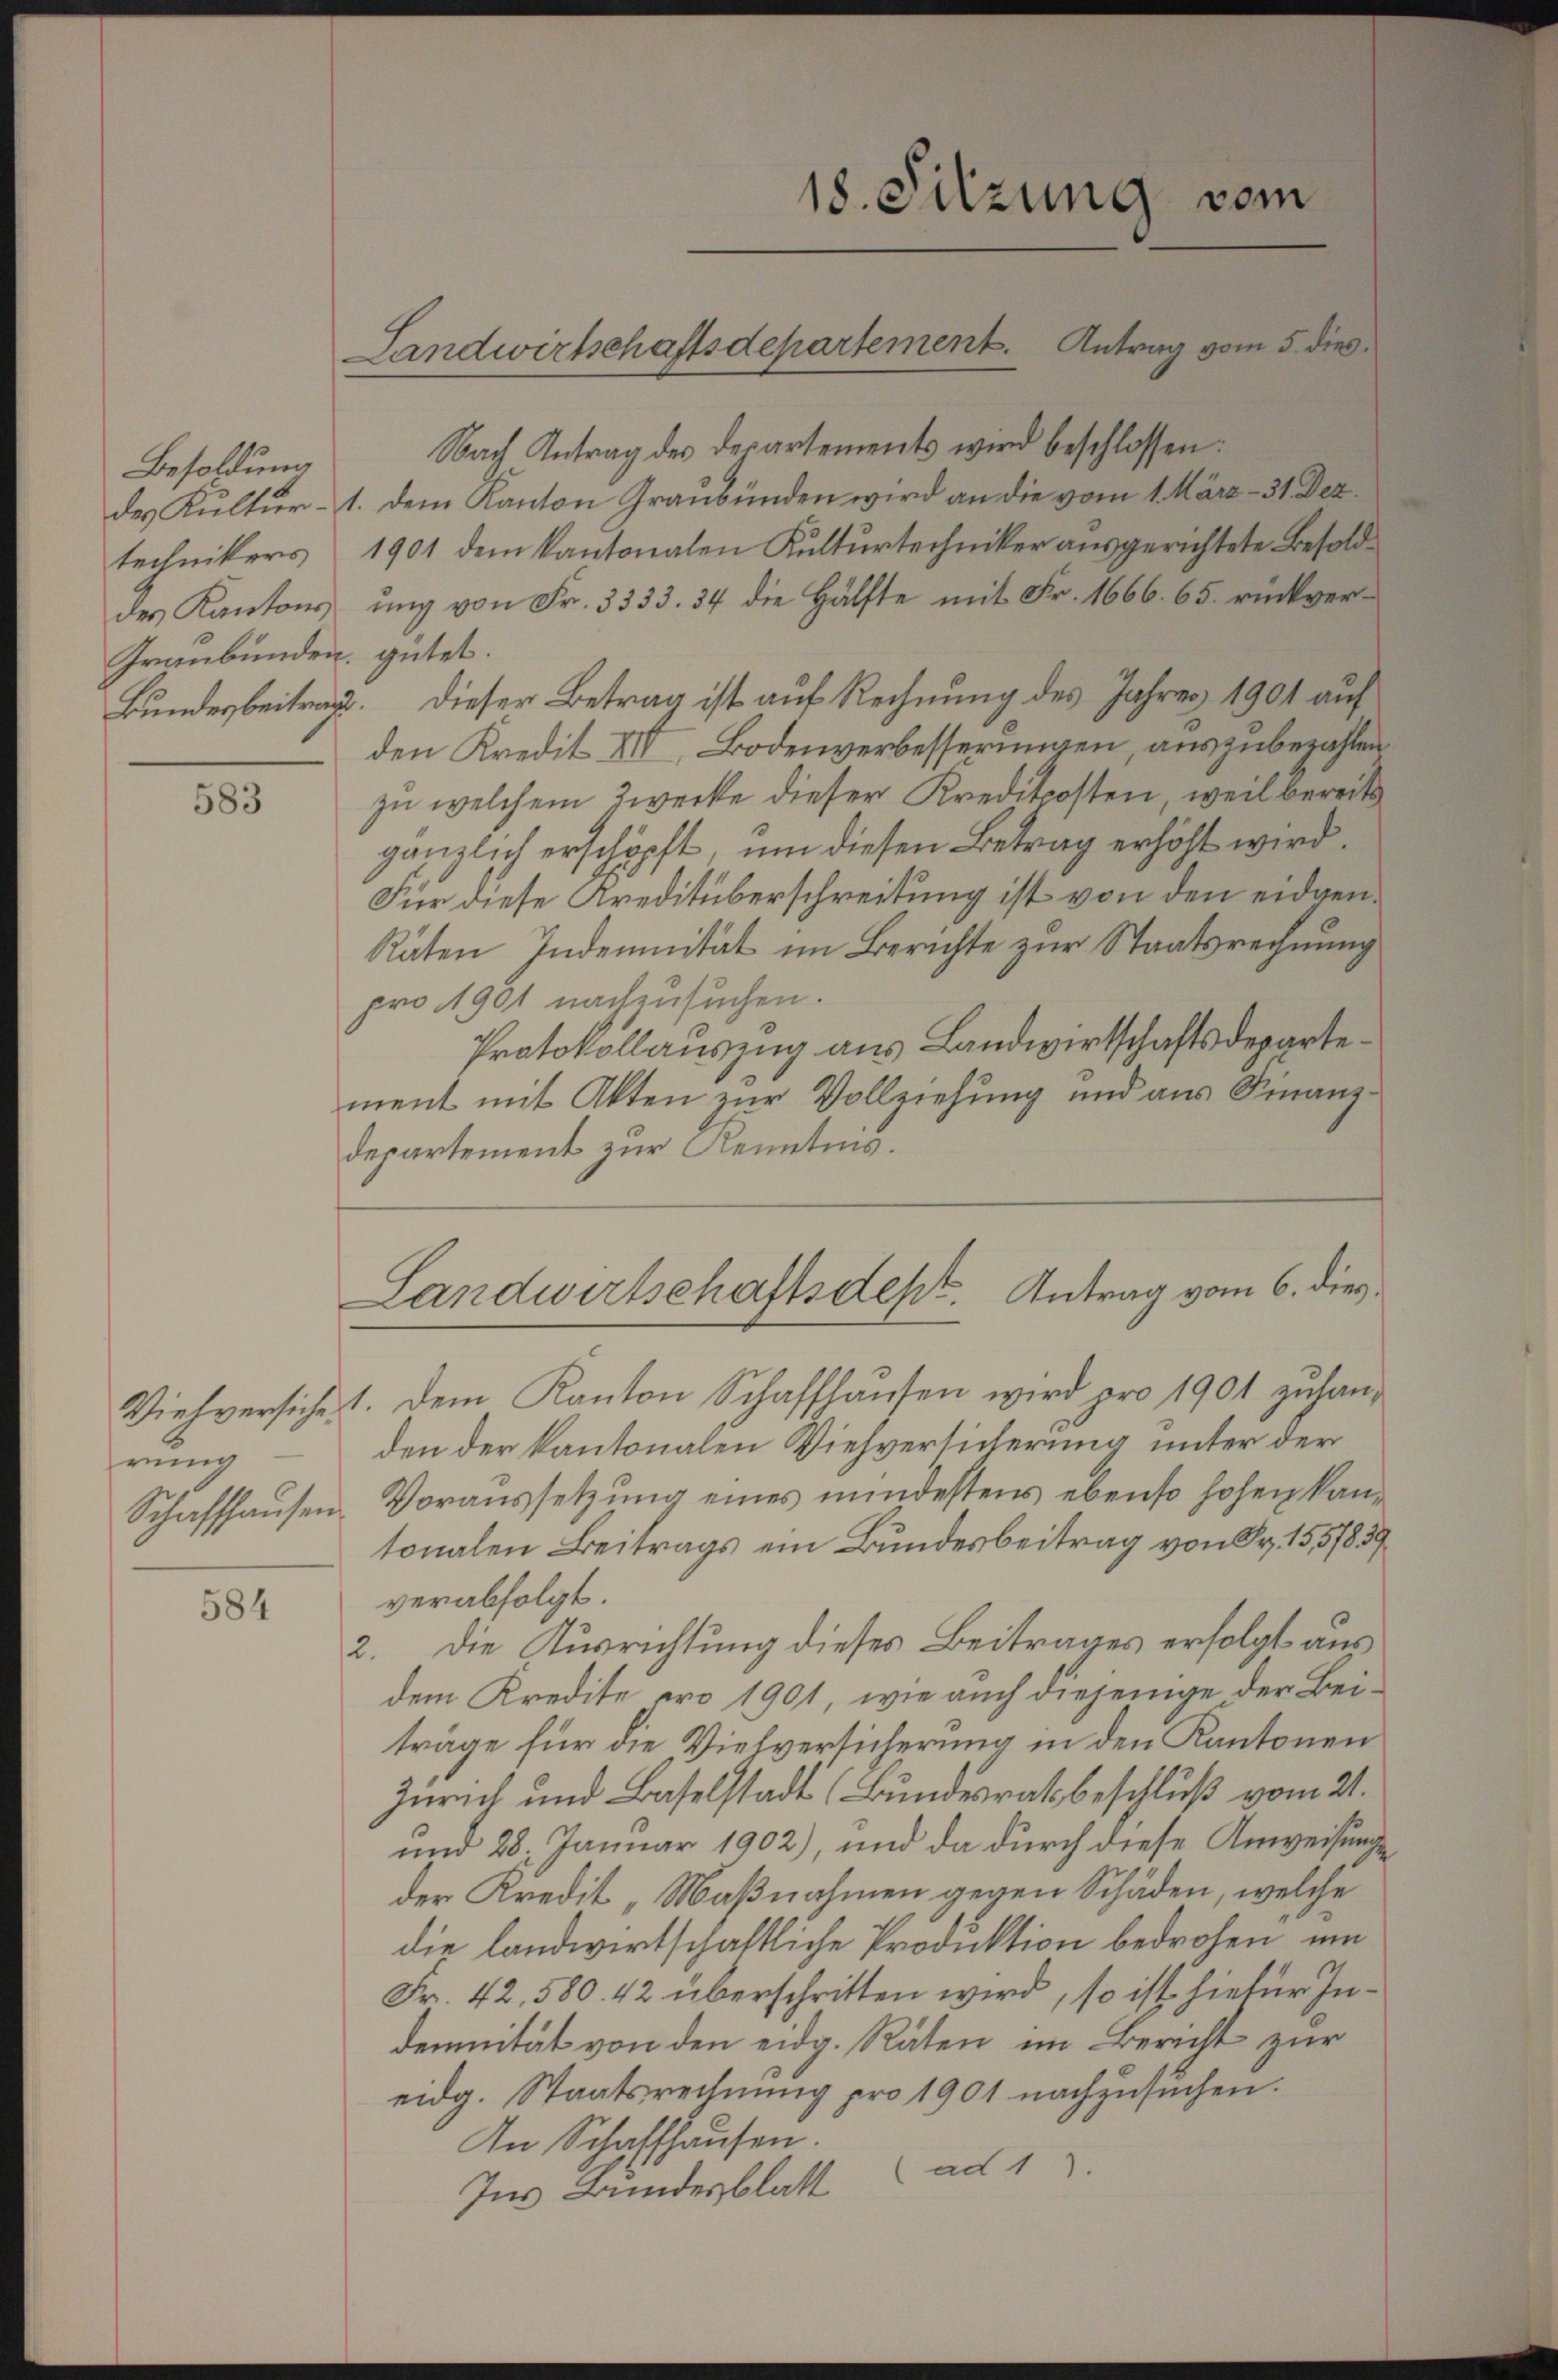
Besoldung
des Kantons
Graubünden gütet.

583

rung
Schaffhausen.

584

Nach Antrag des derartements wird beschlossen:
des Kultur- 1. dem Kanton Graubünden wird an die vom 1. März - 31 Dez.
technikers 1901 dem Kantonalen Kulturtechniker ausgerichtete Besoldung von Fr. 3333. 34 die Hälfte mit Fr. 1666. 65. rückver¬
Bundesbeitrag. Dieser Betrag ist auf Rechnung des Jahres 1901 auf
den Kredit XIII, Bodenverbesserungen, auszubezahlen
zu welchem Zwecke dieser Kreditposten, weil bereits
gänzlich erschöpft, um diesen Betrag erhöht wird.
Für diese Kreditüberschreitung ist von den eidgen¬
Räten Indemnität im Berichte zur Staatsrechnung
pro 1901 nachzusuchen.
Protokollauszug aus Landwirtschaftsdepartement mit Akten zur Vollziehung und aus Finanzdepartement zur Kenntnis.
Viehversiche 1. Dem Kanton Schaffhaŭsen wird pro 1901 zuhan-
den der kantonalen Viehverlicherung unter der
Voraussetzung eines mindestens ebenso hohen kan-
tonalen Beitrags ein Bundesbeitrag von Fr. 155/839
verabfolgt.
2. Die Ausrichtung dieses Beitrages erfolgt aus
dem Kredite pro 1901, wie auch diejenige der Beiträge für die Viehversicherung in den Kantonen
Zürich und Baselstadt (Bundesrathsbeschluß vom 21.
und 28. Januar 1902), und da durch diese Anweisungsder Kredit „Maßnahmen gegen Schäden, welche
die landwirtschaftliche Produktion bedrohen, um
Fr. 42. 580. 42 überschritten wird, so ist hiefür Indemnität von den eidg. Räten im Bericht zur
eidg. Staatsrechnung pro 1901 nachzusuchen.
An Schaffhausen.
(ad 17.
Ins Bundesblatt

Landwirtschaftsdepartement. Antrag vom 5. dies

18. Sitzung vom

Landwirtschaftsdest. Antrag vom 6. dies